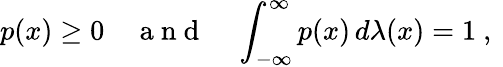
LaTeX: p(x)\geq 0\quad\mathrm{~a~n~d~}\quad\int_{-\infty}^{\infty}p(x)\, d\lambda(x)=1\mathrm{~,~}